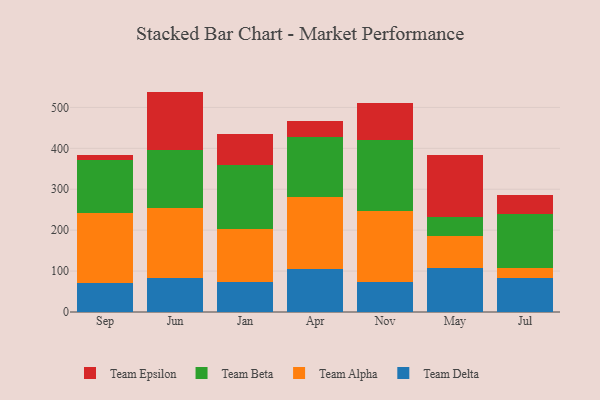
{"axis": {"x": "Month", "y": "Customer Acquisition Cost (USD)"}, "legend": ["Team Alpha", "Team Beta", "Team Delta", "Team Epsilon"], "data": [{"x": "Sep", "y": 69.7, "type": "Team Delta"}, {"x": "Sep", "y": 171.1, "type": "Team Alpha"}, {"x": "Sep", "y": 131.4, "type": "Team Beta"}, {"x": "Sep", "y": 11.6, "type": "Team Epsilon"}, {"x": "Jun", "y": 84.3, "type": "Team Delta"}, {"x": "Jun", "y": 170.6, "type": "Team Alpha"}, {"x": "Jun", "y": 140.4, "type": "Team Beta"}, {"x": "Jun", "y": 143.3, "type": "Team Epsilon"}, {"x": "Jan", "y": 73.3, "type": "Team Delta"}, {"x": "Jan", "y": 128.8, "type": "Team Alpha"}, {"x": "Jan", "y": 156.0, "type": "Team Beta"}, {"x": "Jan", "y": 76.9, "type": "Team Epsilon"}, {"x": "Apr", "y": 106.2, "type": "Team Delta"}, {"x": "Apr", "y": 174.8, "type": "Team Alpha"}, {"x": "Apr", "y": 147.0, "type": "Team Beta"}, {"x": "Apr", "y": 39.4, "type": "Team Epsilon"}, {"x": "Nov", "y": 74.4, "type": "Team Delta"}, {"x": "Nov", "y": 171.9, "type": "Team Alpha"}, {"x": "Nov", "y": 174.2, "type": "Team Beta"}, {"x": "Nov", "y": 89.3, "type": "Team Epsilon"}, {"x": "May", "y": 107.9, "type": "Team Delta"}, {"x": "May", "y": 77.9, "type": "Team Alpha"}, {"x": "May", "y": 46.6, "type": "Team Beta"}, {"x": "May", "y": 151.4, "type": "Team Epsilon"}, {"x": "Jul", "y": 84.3, "type": "Team Delta"}, {"x": "Jul", "y": 22.9, "type": "Team Alpha"}, {"x": "Jul", "y": 131.1, "type": "Team Beta"}, {"x": "Jul", "y": 46.6, "type": "Team Epsilon"}]}